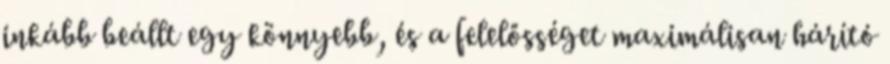
inkább beállt egy könnyebb, és a felelősséget maximálisan hárító